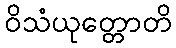
ဝိသံယုတ္တောတိ